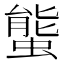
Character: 螚